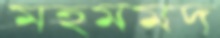
মহমমদ